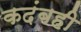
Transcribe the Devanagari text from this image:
कदंबही